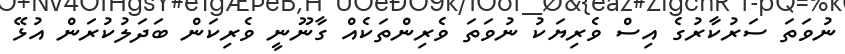
ނުވަތަ ސަރުކާރުގެ އިސް ވެރިޔަކު ނުވަތަ ވެރިންތަކެއް ގާނޫނީ ވެރިކަން ބަދަލުކުރަން އުޅޭ